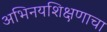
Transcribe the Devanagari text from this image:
अभिनयशिक्षणाचा